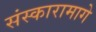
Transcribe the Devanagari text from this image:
संस्कारामागे